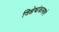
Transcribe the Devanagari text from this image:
विशेषांकामागे